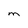
Character: M